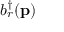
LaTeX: b _ { r } ^ { \dagger } ( \mathbf { p } )